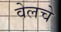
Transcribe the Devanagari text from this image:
वेलचे